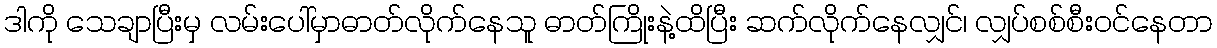
ဒါကို သေချာပြီးမှ လမ်းပေါ်မှာဓာတ်လိုက်နေသူ ဓာတ်ကြိုးနဲ့ထိပြီး ဆက်လိုက်နေလျှင်၊ လျှပ်စစ်စီးဝင်နေတာ